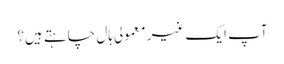
آپ ایک غیر معمولی ہال چاہتے ہیں؟